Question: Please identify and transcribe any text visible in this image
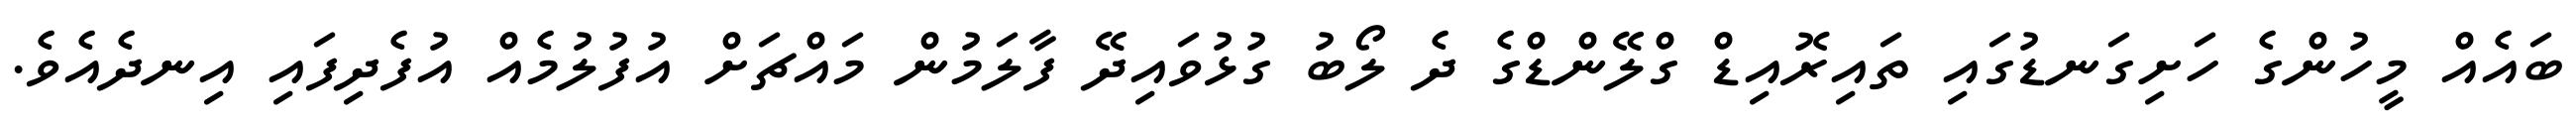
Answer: ބައެއް މީހުންގެ ހަށިގަނޑުގައި ތައިރޮއިޑް ގްލޭންޑްގެ ދެ ލޯބު ގުޅުވައިދޭ ފާލަމުން މައްޗަށް އުފުލުމެއް އުފެދިފައި އިނދެއެވެ.